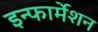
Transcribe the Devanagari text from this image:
इन्‍फार्मेशन